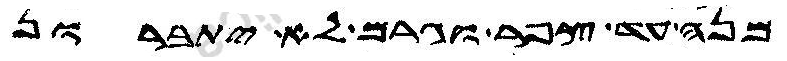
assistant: מנה עד צפר וגרם לא יתברון